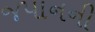
જપાનની